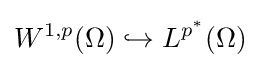
W^{1,p}(\Omega )\hookrightarrow L^{p^{*}}(\Omega )